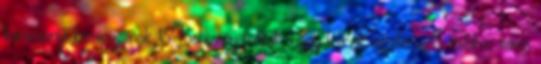
karácsonyi kamionjainak 15Bebizonyították, hogy létezik az elveszett mitikus város